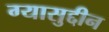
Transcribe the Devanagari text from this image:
ग्यासुद्दीन